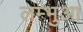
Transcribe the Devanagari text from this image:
लम्‍भुआ